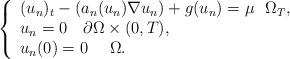
LaTeX: \begin{align*}\left\{ \begin{array}{l}{(u_{n})_{t}}-(a_{n}(u_{n})\nabla u_{n})+g(u_{n})=\mu ~~\Omega _{T}, \\ {u_{n}}=0~~~\partial \Omega \times (0,T), \\ u_{n}(0)=0~~~~\Omega .\end{array}\right. \end{align*}